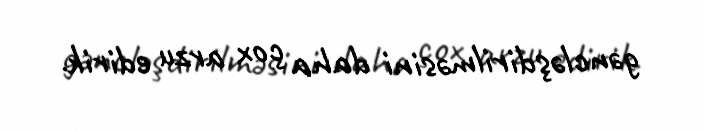
gəncləşdirilməsini daha çox arzu edirik.